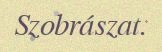
Szobrászat.